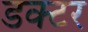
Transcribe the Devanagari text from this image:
डक्टर